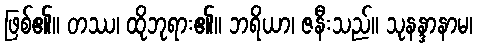
ဖြစ်၏။ တဿ၊ ထိုဘုရား၏။ ဘရိယာ၊ ဇနီးသည်။ သုနန္ဒာနာမ၊